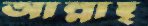
আল্লাহ্